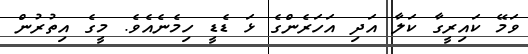
ވަމޭ ކައިރީގާ ކަލާ އަދި އަހަރެންގެ ޅަ ޑެޑީ ހިމެނެއެވެ. މީގެ އިތުރުން